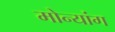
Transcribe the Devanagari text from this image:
मोन्यांग